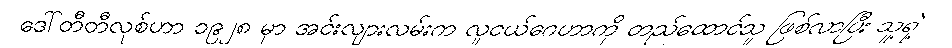
ဒေါ်တီတီလုစ်ဟာ ၁၉၂၈ မှာ အင်းလျားလမ်းက လူငယ်ဂေဟာကို တည်ထောင်သူ ဖြစ်လာပြီး သူ့ရဲ့